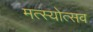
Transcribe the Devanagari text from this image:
मत्स्योत्सव